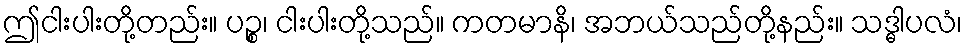
ဤငါးပါးတို့တည်း။ ပဉ္စ၊ ငါးပါးတို့သည်။ ကတမာနိ၊ အဘယ်သည်တို့နည်း။ သဒ္ဓါပလံ၊